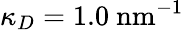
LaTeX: \kappa_{D}=1.0~\textrm{nm}^{-1}